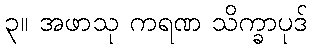
၃။ အဖာသု ကရဏ သိက္ခာပုဒ်